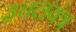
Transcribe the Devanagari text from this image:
उचलयंत्र